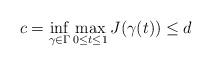
LaTeX: \begin{gather*}c = \inf_{\gamma \in \Gamma} \max_{0 \leq t \leq 1} J(\gamma(t)) \leq d\end{gather*}